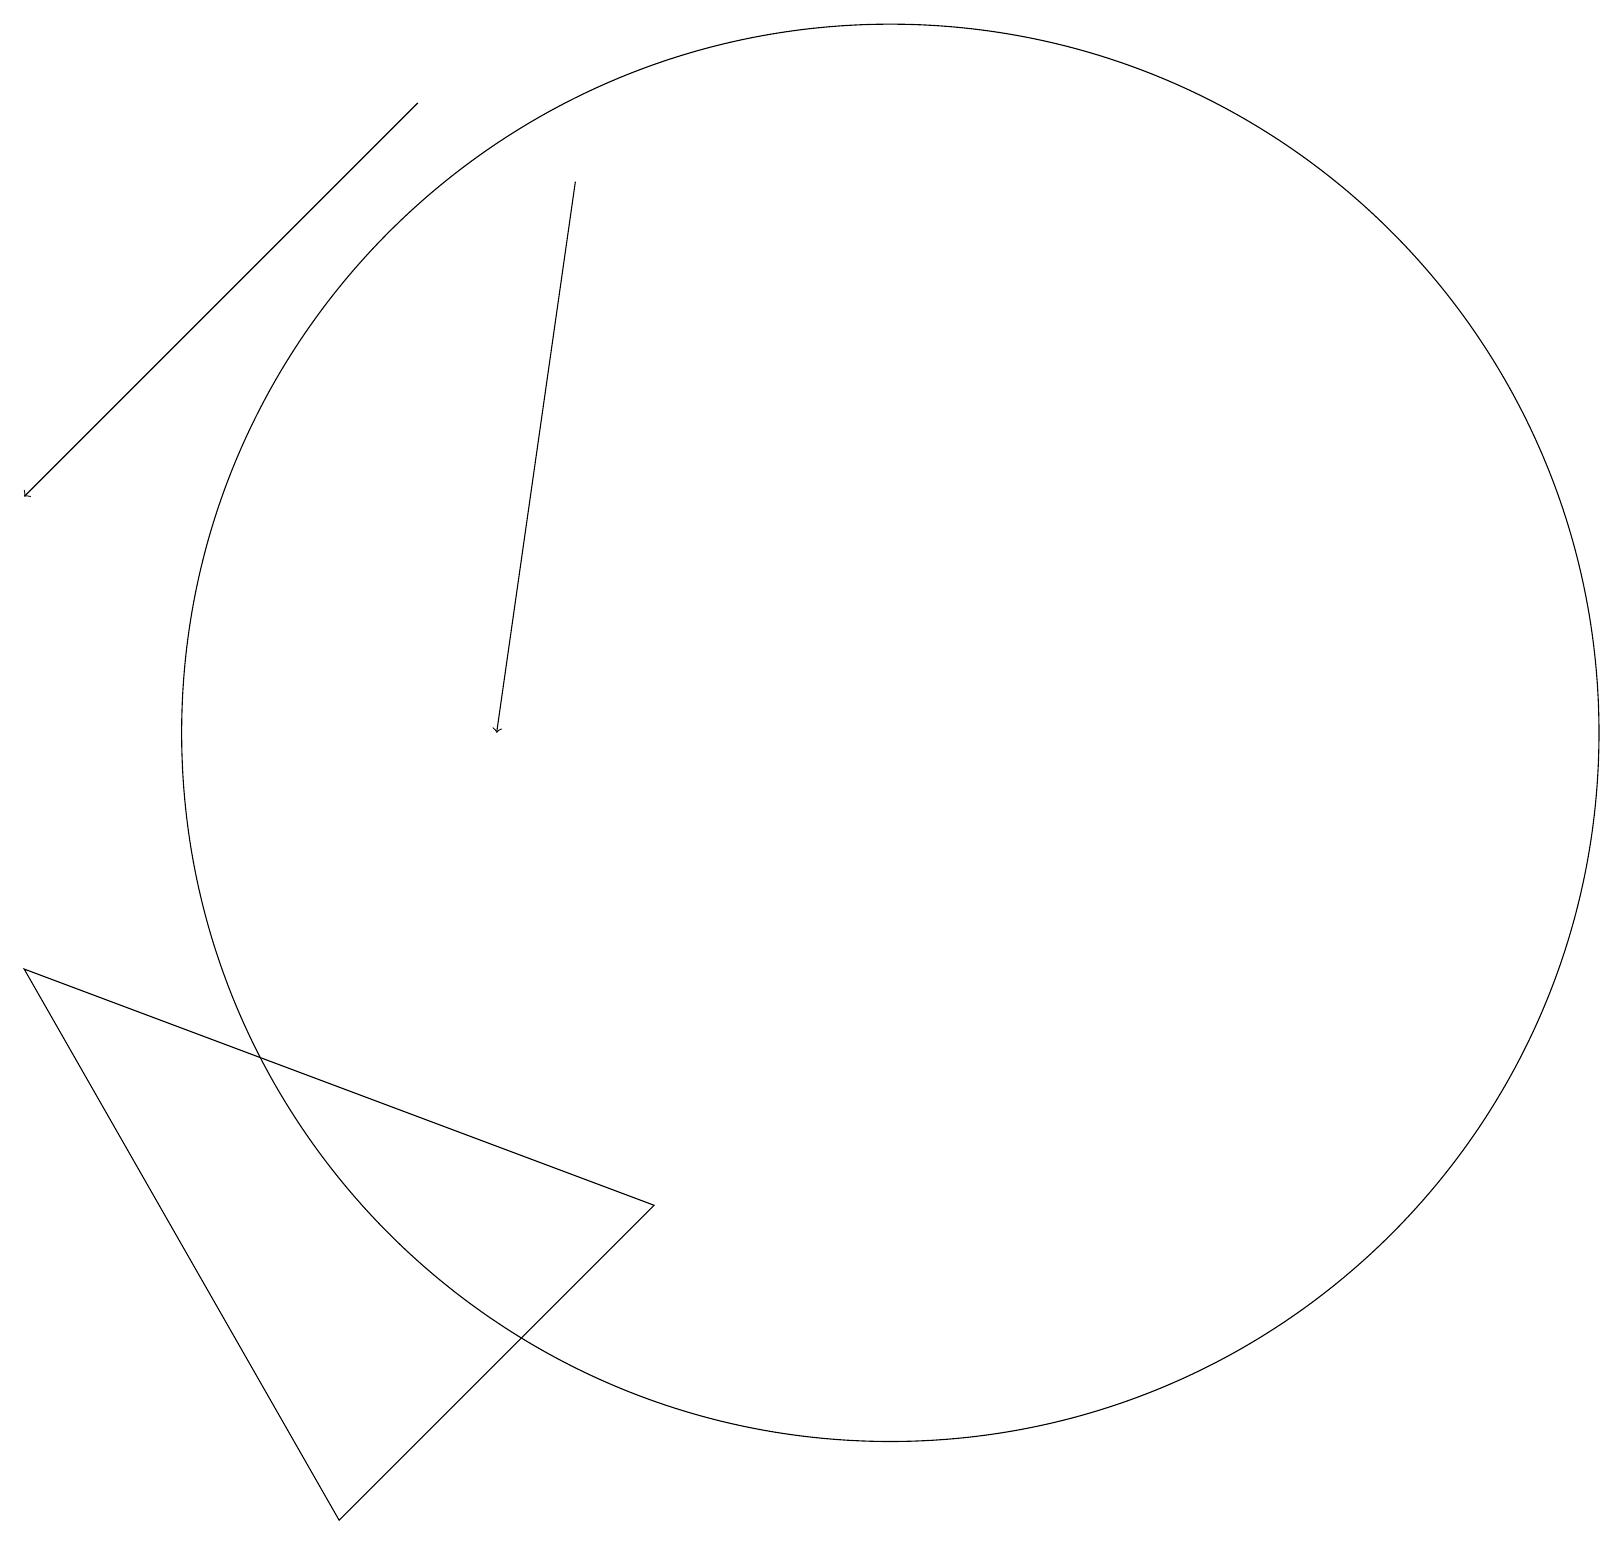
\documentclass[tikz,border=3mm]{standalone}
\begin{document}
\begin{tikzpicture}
\draw (11,10) circle (9);
\draw[->] (5,18) -- (0,13);
\draw (8,4) -- (4,0) -- (0,7) -- cycle;
\draw[->] (7,17) -- (6,10);
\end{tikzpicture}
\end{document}